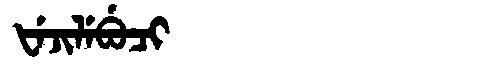
Manchu: ᡶᡝᠵᡳᠯᡝᠪᡠᠴᡳ
Romanization: FEJILEBUCI